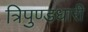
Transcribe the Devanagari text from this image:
त्रिपुण्डधारी